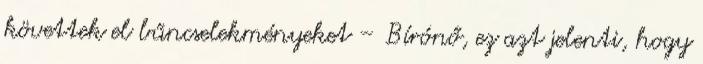
követtek el bűncselekményeket – Bírónő, ez azt jelenti, hogy